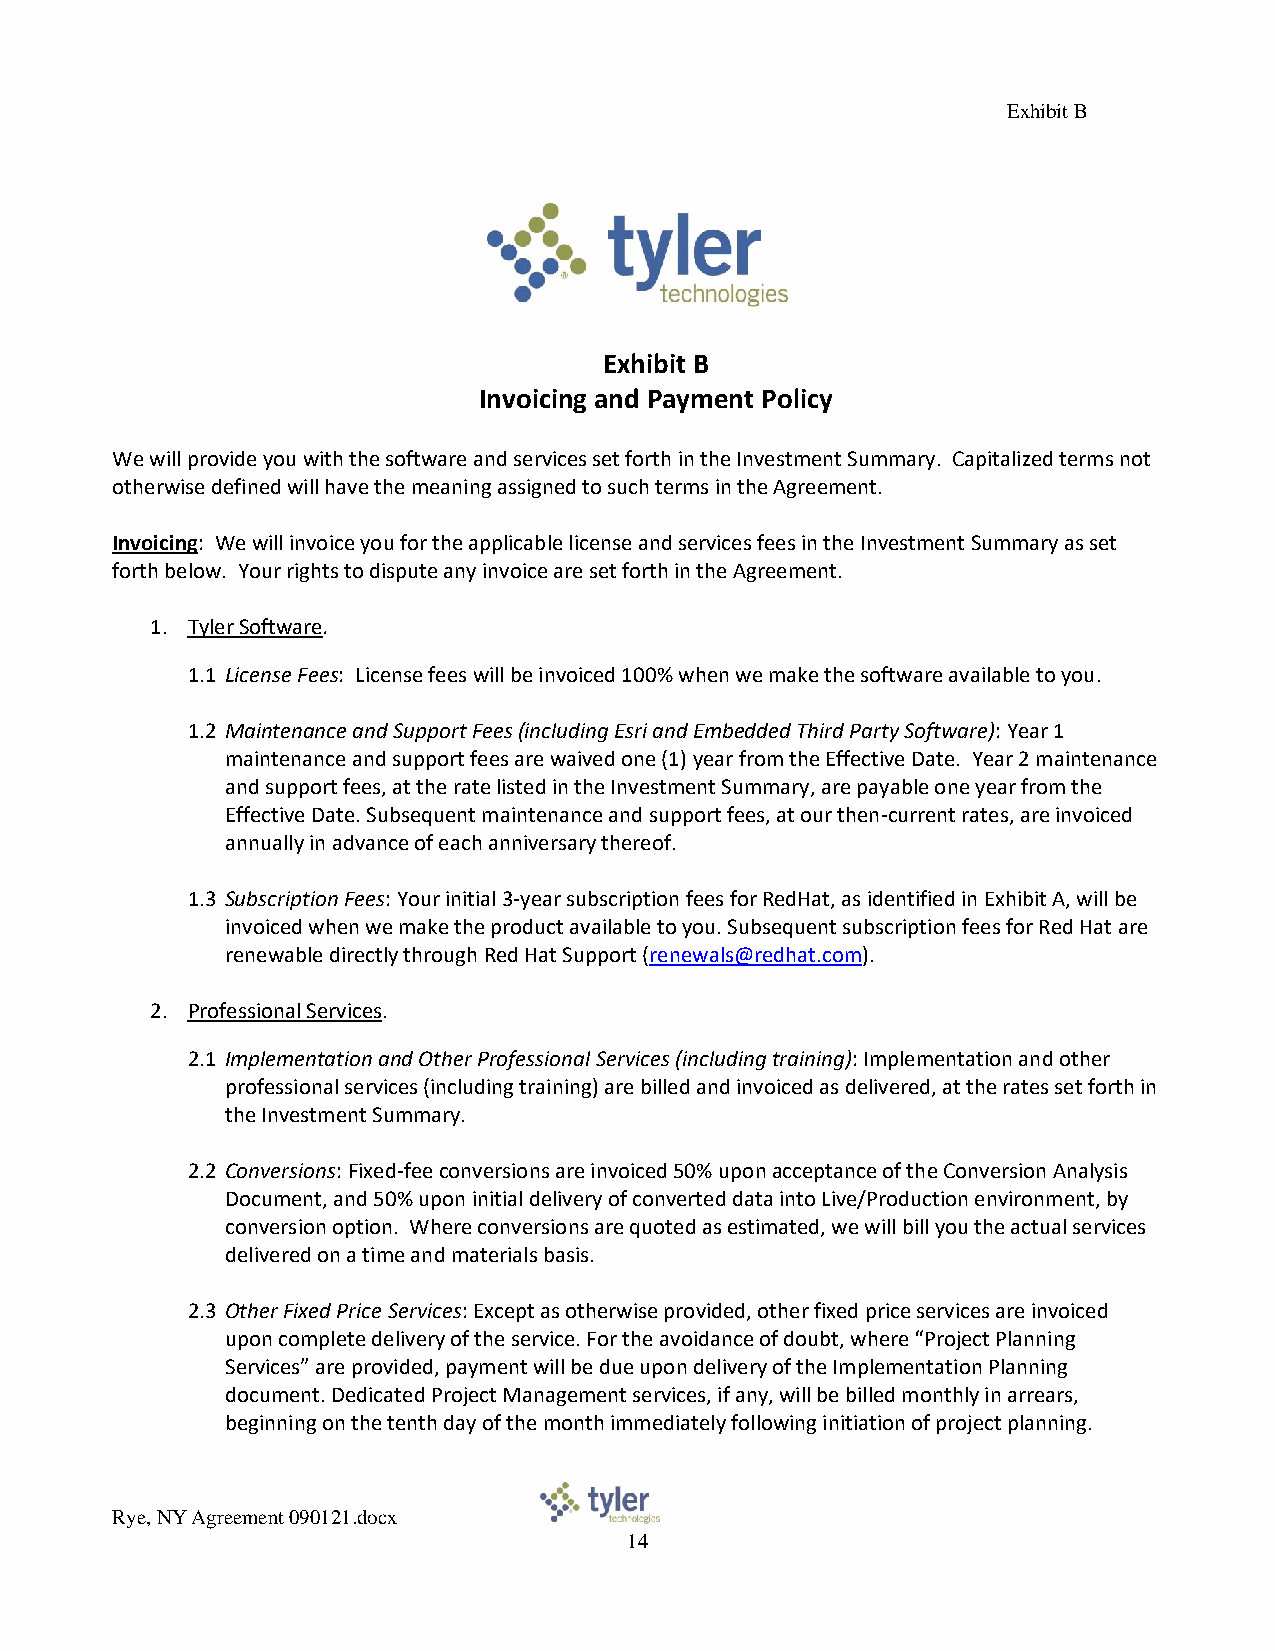
Exhibit B
 Exhibit B
 Invoicing and Payment Policy
 We will provide you with the software and services set forth in the Investment Summary. Capitalized terms not
 otherwise defined will have the meaning assigned to such terms in the Agreement.
 Invoicing: We will invoice you for the applicable license and services fees in the Investment Summary as set
 forth below. Your rights to dispute any invoice are set forth in the Agreement.
 1. Tyler Software.
 1.1 License Fees: License fees will be invoiced 100% when we make the software available to you.
 1.2 Maintenance and Support Fees (including Esri and Embedded Third Party Software): Year 1
 maintenance and support fees are waived one (1) year from the Effective Date. Year 2 maintenance
 and support fees, at the rate listed in the Investment Summary, are payable one year from the
 Effective Date. Subsequent maintenance and support fees, at our then-current rates, are invoiced
 annually in advance of each anniversary thereof.
 1.3 Subscription Fees: Your initial 3-year subscription fees for RedHat, as identified in Exhibit A, will be
 invoiced when we make the product available to you. Subsequent subscription fees for Red Hat are
 renewable directly through Red Hat Support (renewals@redhat.com).
 2. Professional Services.
 2.1 Implementation and Other Professional Services (including training): Implementation and other
 professional services (including training) are billed and invoiced as delivered, at the rates set forth in
 the Investment Summary.
 2.2 Conversions: Fixed-fee conversions are invoiced 50% upon acceptance of the Conversion Analysis
 Document, and 50% upon initial delivery of converted data into Live/Production environment, by
 conversion option. Where conversions are quoted as estimated, we will bill you the actual services
 delivered on a time and materials basis.
 2.3 Other Fixed Price Services: Except as otherwise provided, other fixed price services are invoiced
 upon complete delivery of the service. For the avoidance of doubt, where “Project Planning
 Services” are provided, payment will be due upon delivery of the Implementation Planning
 document. Dedicated Project Management services, if any, will be billed monthly in arrears,
 beginning on the tenth day of the month immediately following initiation of project planning.
 Rye, NY Agreement 090121.docx
 14